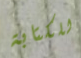
للكتابة